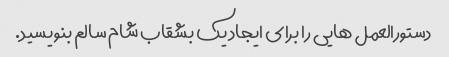
دستورالعمل هایی را برای ایجاد یک بشقاب شام سالم بنویسید.